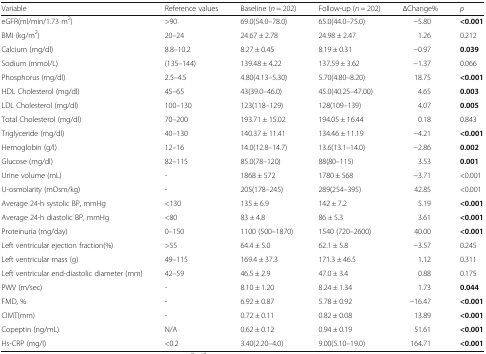
<table><thead><tr><td><b>Variable</b></td><td><b>Reference values</b></td><td><b>Baseline (<i>n</i> = 202)</b></td><td><b>Follow-up (<i>n</i> = 202)</b></td><td><b>ΔChange%</b></td><td><b><i>p</i></b></td></tr></thead><tbody><tr><td>eGFR(ml/min/1.73 m<sup>2</sup>)</td><td>&gt;90</td><td>69.0(54.0–78.0)</td><td>65.0(44.0–75.0)</td><td>−5.80</td><td><b>&lt;0.001</b></td></tr><tr><td>BMI (kg/m<sup>2</sup>)</td><td>20–24</td><td>24.67 ± 2.78</td><td>24.98 ± 2.47</td><td>1.26</td><td>0.212</td></tr><tr><td>Calcium (mg/dl)</td><td>8.8–10.2</td><td>8.27 ± 0.45</td><td>8.19 ± 0.31</td><td>−0.97</td><td><b>0.039</b></td></tr><tr><td>Sodium (mmol/L)</td><td>(135–144)</td><td>139.48 ± 4.22</td><td>137.59 ± 3.62</td><td>−1.37</td><td>0.066</td></tr><tr><td>Phosphorus (mg/dl)</td><td>2.5–4.5</td><td>4.80(4.13–5.30)</td><td>5.70(4.80–8.20)</td><td>18.75</td><td><b>&lt;0.001</b></td></tr><tr><td>HDL Cholesterol (mg/dl)</td><td>45–65</td><td>43(39.0–46.0)</td><td>45.0(40.25–47.00)</td><td>4.65</td><td><b>0.003</b></td></tr><tr><td>LDL Cholesterol (mg/dl)</td><td>100–130</td><td>123(118–129)</td><td>128(109–139)</td><td>4.07</td><td><b>0.005</b></td></tr><tr><td>Total Cholesterol (mg/dl)</td><td>70–200</td><td>193.71 ± 15.02</td><td>194.05 ± 16.44</td><td>0.18</td><td>0.843</td></tr><tr><td>Triglyceride (mg/dl)</td><td>40–130</td><td>140.37 ± 11.41</td><td>134.46 ± 11.19</td><td>−4.21</td><td><b>&lt;0.001</b></td></tr><tr><td>Hemoglobin (g/l)</td><td>12–16</td><td>14.0(12.8–14.7)</td><td>13.6(13.1–14.0)</td><td>−2.86</td><td><b>0.002</b></td></tr><tr><td>Glucose (mg/dl)</td><td>82–115</td><td>85.0(78–120)</td><td>88(80–115)</td><td>3.53</td><td><b>0.001</b></td></tr><tr><td>Urine volume (mL)</td><td>-</td><td>1868 ± 572</td><td>1780 ± 568</td><td>−3.71</td><td>&lt;0.001</td></tr><tr><td>U-osmolarity (mOsm/kg)</td><td>-</td><td>205(178–245)</td><td>289(254–395)</td><td>42.85</td><td>&lt;0.001</td></tr><tr><td>Average 24-h systolic BP, mmHg</td><td>&lt;130</td><td>135 ± 6.9</td><td>142 ± 7.2</td><td>5.19</td><td><b>&lt;0.001</b></td></tr><tr><td>Average 24-h diastolic BP, mmHg</td><td>&lt;80</td><td>83 ± 4.8</td><td>86 ± 5.3</td><td>3.61</td><td><b>&lt;0.001</b></td></tr><tr><td>Proteinuria (mg/day)</td><td>0–150</td><td>1100 (500–1870)</td><td>1540 (720–2600)</td><td>40.00</td><td><b>&lt;0.001</b></td></tr><tr><td>Left ventricular ejection fraction(%)</td><td>&gt;55</td><td>64.4 ± 5.0</td><td>62.1 ± 5.8</td><td>−3.57</td><td>0.245</td></tr><tr><td>Left ventricular mass (g)</td><td>49–115</td><td>169.4 ± 37.3</td><td>171.3 ± 46.5</td><td>1.12</td><td>0.311</td></tr><tr><td>Left ventricular end-diastolic diameter (mm)</td><td>42–59</td><td>46.5 ± 2.9</td><td>47.0 ± 3.4</td><td>0.88</td><td>0.175</td></tr><tr><td>PWV (m/sec)</td><td>-</td><td>8.10 ± 1.20</td><td>8.24 ± 1.34</td><td>1.73</td><td><b>0.044</b></td></tr><tr><td>FMD, %</td><td>-</td><td>6.92 ± 0.87</td><td>5.78 ± 0.92</td><td>−16.47</td><td><b>&lt;0.001</b></td></tr><tr><td>CIMT(mm)</td><td>-</td><td>0.72 ± 0.11</td><td>0.82 ± 0.08</td><td>13.89</td><td><b>&lt;0.001</b></td></tr><tr><td>Copeptin (ng/mL)</td><td>N/A</td><td>0.62 ± 0.12</td><td>0.94 ± 0.19</td><td>51.61</td><td><b>&lt;0.001</b></td></tr><tr><td>Hs-CRP (mg/l)</td><td>&lt;0.2</td><td>3.40(2.20–4.0)</td><td>9.00(5.10–19.0)</td><td>164.71</td><td><b>&lt;0.001</b></td></tr></tbody></table>